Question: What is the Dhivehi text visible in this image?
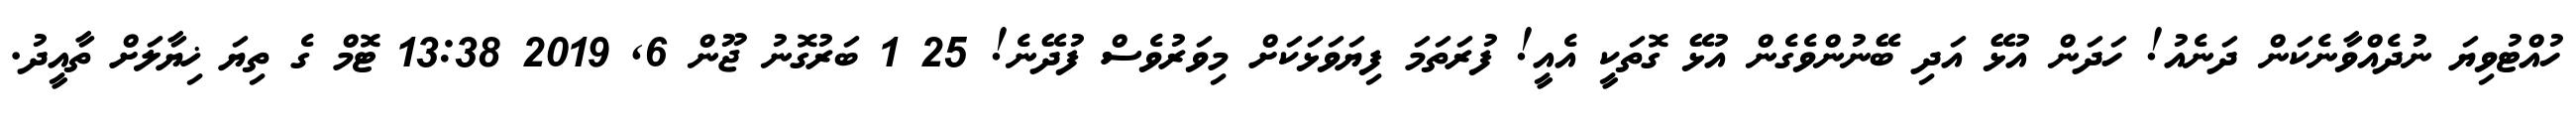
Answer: ހުއްޓުވިޔަ ނުދެއްވާނެކަން ދަނެއު! ހަދަން އުޅޭ އަދި ބޭނުންވެގެން އުޅޭ ގޮތަކީ އެއީ! ފުރަތަމަ ފިޔަވަޅަކަށް މިވަރުވެސް ފުދޭނެ! 25 1 ބަރުގޮނު ޖޫން 6, 2019 13:38 ޓޮމް ގެ ތިޔަ ޚިޔާލަށް ތާއީދު.